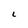
Character: L